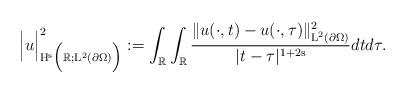
LaTeX: \begin{align*}\Big|u\Big|_{\mathrm{H}^{\mathrm{s}}\Big(\mathbb{R};\mathrm{L}^2(\partial\Omega)\Big)}^2 := \int_\mathbb{R}\int_\mathbb{R}\dfrac{\Vert u(\cdot,t)-u(\cdot,\tau)\Vert_{\mathrm{L}^2(\partial\Omega)}^2}{|t-\tau|^{1+2\mathrm{s}}}dt d\tau.\end{align*}